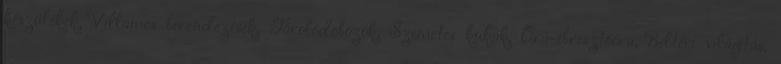
készülékek, Villamos berendezések, Tárolódobozok, Szemetes kukák, Óra-ébresztőóra, Beltéri világítás,